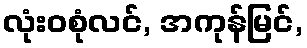
လုံးဝစုံလင်, အကုန်မြင်,